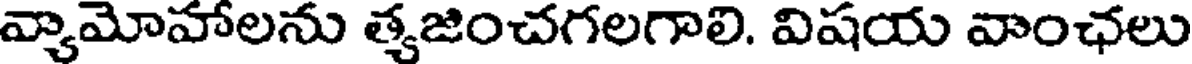
వ్యామోహాలను త్యజించగలగాలి. విషయ వాంఛలు